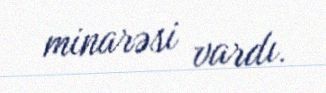
minarəsi vardı.